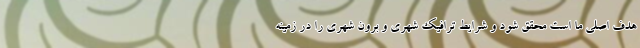
هدف اصلی ما است محقق شود و شرایط ترافیک شهری و برون شهری را در زمینه